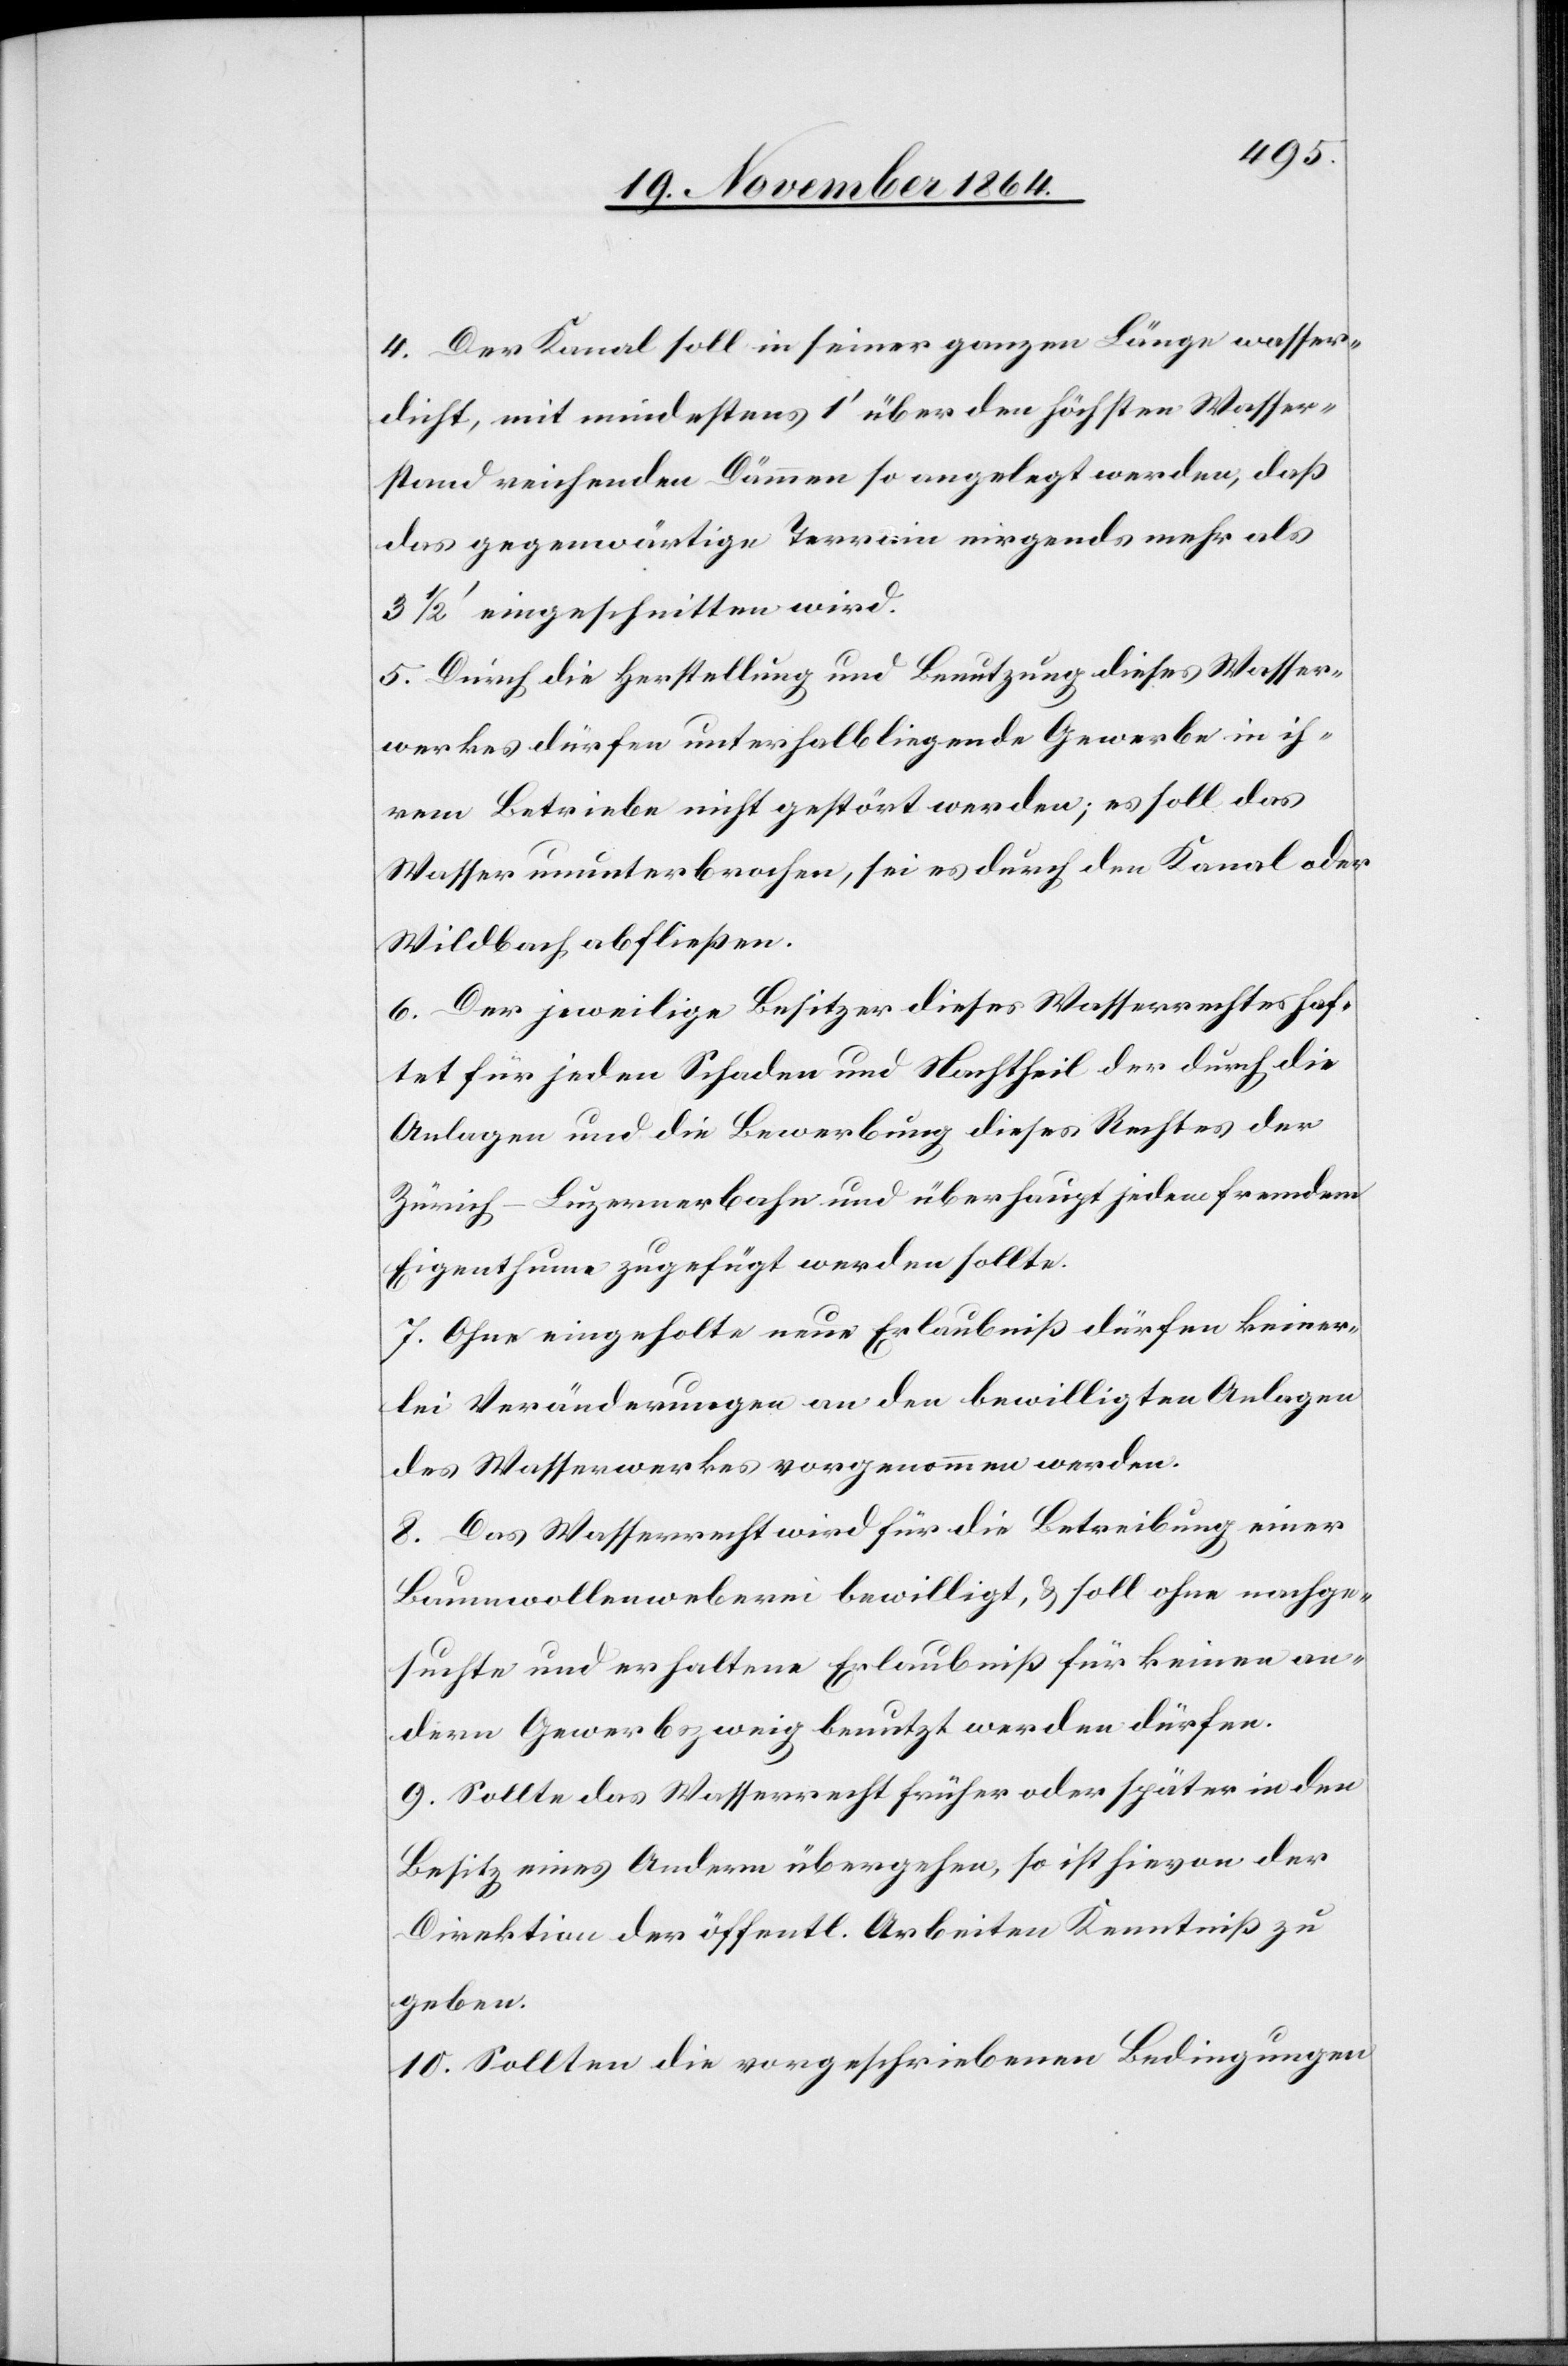
4. Der Kanal soll in seiner ganzen Länge wasser¬
dicht, mit mindestens 1’ über den höchsten Wasser¬
stand reichenden Dämmen so angelegt werden, daß
das gegenwärtige Terrain nirgends mehr als
3 1/2’ eingeschnitten wird.
5. Durch die Herstellung und Benutzung dieses Wasser¬
werkes dürfen unterhalb liegende Gewerke in ih¬
rem Betriebe nicht gestört werden; es soll das
Wasser ununterbrochen, sei es durch den Kanal oder
Wildbach abfließen.
6. Der jeweilige Besitzer dieses Wasserrechtes haf¬
tet für jeden Schaden und Nachtheil der durch die
Anlagen und die Bewerbung dieses Rechts der
Zürich–Luzernerbahn und überhaupt jedem fremden
Eigenthum zugefügt werden sollte.
7. Ohne eingeholte neue Erlaubniß dürfen keiner¬
lei Veränderungen an den bewilligten Anlagen
des Wasserwerkes vorgenommen werden.
8. Das Wasserrecht wird für die Betreibung einer
Baumwollenweberei bewilligt, & soll ohne nachge¬
suchte und erhaltene Erlaubniß für keinen an¬
dern Gewerbszweig benutzt werden dürfen.
9. Sollte das Wasserrecht früher oder später in den
Besitz eines Andern übergehen, so ist hievon der
Direktion der öffentl. Arbeiten Kenntniß zu
geben.
10. Sollten die vorgeschriebenen Bedingungen